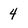
Character: 4